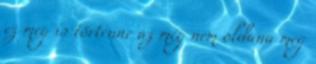
ez meg is történne az még nem oldaná meg